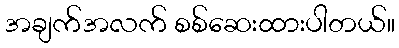
အချက်အလက် စစ်ဆေးထားပါတယ်။